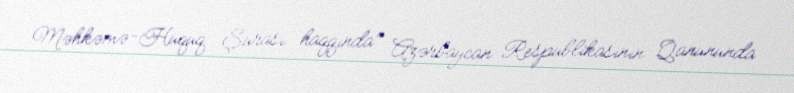
Məhkəmə-Hüquq Şurası haqqında" Azərbaycan Respublikasının Qanununda